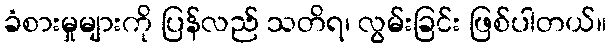
ခံစားမှုများကို ပြန်လည် သတိရ၊ လွမ်းခြင်း ဖြစ်ပါတယ်။